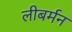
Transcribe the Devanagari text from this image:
लीबर्मन